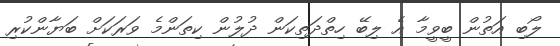
ލޯބި އަތުން ބީވީމާ އެ ލިބޭ ހިތްދަތިކަން ދުލުން ކިތަންމެ ވަރަކަށް ބަޔާންކުރި